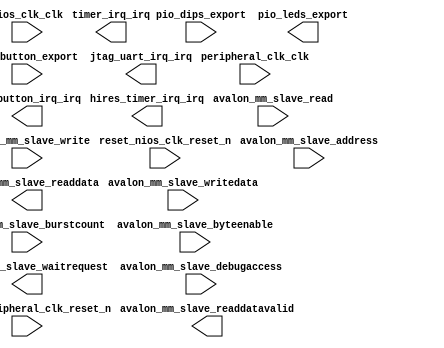

module basic_processor_support (
	peripheral_clk_clk,
	hires_timer_irq_irq,
	pio_button_export,
	pio_button_irq_irq,
	pio_dips_export,
	pio_leds_export,
	reset_peripheral_clk_reset_n,
	jtag_uart_irq_irq,
	timer_irq_irq,
	nios_clk_clk,
	reset_nios_clk_reset_n,
	avalon_mm_slave_waitrequest,
	avalon_mm_slave_readdata,
	avalon_mm_slave_readdatavalid,
	avalon_mm_slave_burstcount,
	avalon_mm_slave_writedata,
	avalon_mm_slave_address,
	avalon_mm_slave_write,
	avalon_mm_slave_read,
	avalon_mm_slave_byteenable,
	avalon_mm_slave_debugaccess);	

	input		peripheral_clk_clk;
	output		hires_timer_irq_irq;
	input	[7:0]	pio_button_export;
	output		pio_button_irq_irq;
	input	[7:0]	pio_dips_export;
	output	[8:0]	pio_leds_export;
	input		reset_peripheral_clk_reset_n;
	output		jtag_uart_irq_irq;
	output		timer_irq_irq;
	input		nios_clk_clk;
	input		reset_nios_clk_reset_n;
	output		avalon_mm_slave_waitrequest;
	output	[31:0]	avalon_mm_slave_readdata;
	output		avalon_mm_slave_readdatavalid;
	input	[0:0]	avalon_mm_slave_burstcount;
	input	[31:0]	avalon_mm_slave_writedata;
	input	[6:0]	avalon_mm_slave_address;
	input		avalon_mm_slave_write;
	input		avalon_mm_slave_read;
	input	[3:0]	avalon_mm_slave_byteenable;
	input		avalon_mm_slave_debugaccess;
endmodule